Report on vaccination in the Province of Bengal - 1874-1889
Year: 1874
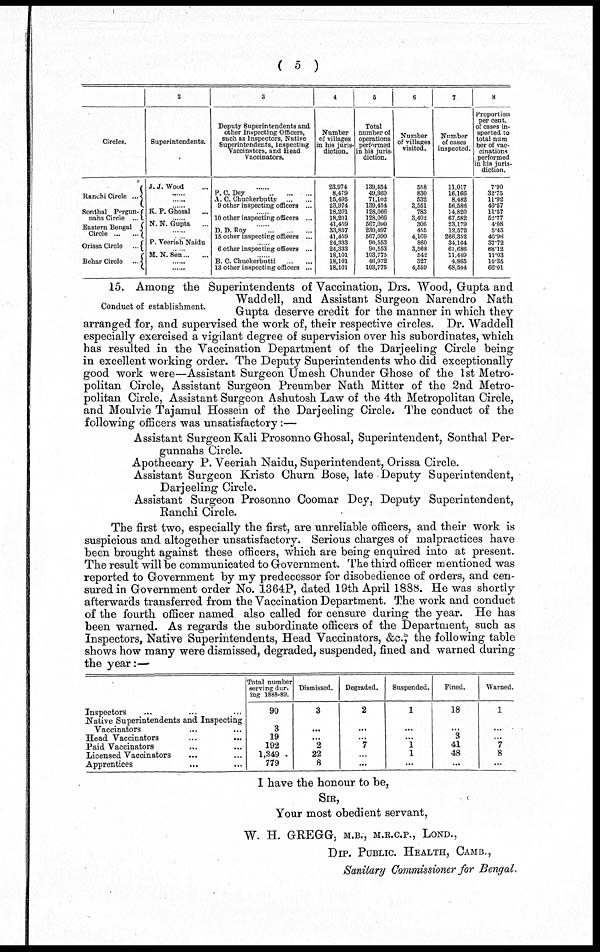
( 5 )
Circles.
Ranchi Circle
...
Sonthal Pergun-
nahs Circle
...
Eastern Bengal
Circle
...
...
Orissa Circle
...
Behar Circle
...
2
Superintendents.
J. J. Wood ...
......
......
......
K. P. Ghosal ...
......
N. N. Gupta ...
......
......
P. Veeriah Naidu
......
M. N. Sen ... ...
......
......
3
Deputy Superintendents and
other Inspecting Officers,
such as Inspectors, Native
Superintendents, Inspecting
Vaccinators, and Head
Vaccinators.
......
P. C. Dey ... ... ...
A. C. Chuckerbutty
...
...
9 other inspecting officers ...
......
10 other inspecting officers ...
......
D. D. Roy
...
...
...
15 other inspecting officers ...
......
6 other inspecting officers ...
......
B. C. Chuckerbutti
...
...
13 other inspecting officers ...
4
Number
of villages
in his juris-
diction.
23,974
8,479
15,495
23,974
18,201
18,201
41,459
33,857
41,459
24,333
24,333
18,101
18,101
18,101
5
Total
number of
operations
performed
in his juris-
diction.
139,454
49,360
71,102
139,454
128,066
128,066
567,090
230,497
567,090
90,553
90,553
103,775
46,972
103,775
6
Number
of villages
visited.
558
830
532
3,551
783
3,402
306
455
4,169
860
3,568
542
327
4,559
7
Number
of cases
inspected.
11,017
16,166
8,482
56,586
14,820
67,582
23,179
12,572
266,352
34,164
61,686
11,449
4,865
68,504
8
Proportion
per cent.
of cases in-
spected to
total nam
ber of vac-
cinations
performed
in his juris-
diction.
7.90
32.75
11.92
40.57
11.57
52.77
4.08
5.45
46.96
37.72
68.12
11.03
10.35
66.01
Conduct of establishment.
15. Among the Superintendents of Vaccination, Drs. Wood, Gupta and
Waddell, and Assistant Surgeon Narendro Nath
Gupta deserve credit for the manner in which they
arranged for, and supervised the work of, their respective circles. Dr. Waddell
especially exercised a vigilant degree of supervision over his subordinates, which
has resulted in the Vaccination Department of the Darjeeling Circle being
in excellent working order. The Deputy Superintendents who did exceptionally
good work were—Assistant Surgeon Umesh Chunder Ghose of the 1st Metro-
politan Circle, Assistant Surgeon Preumber Nath Mitter of the 2nd Metro-
politan Circle, Assistant Surgeon Ashutosh Law of the 4th Metropolitan Circle,
and Moulvie Tajamul Hossein of the Darjeeling Circle. The conduct of the
following officers was unsatisfactory:—
Assistant Surgeon Kali Prosonno Ghosal, Superintendent, Sonthal Per-
gunnahs Circle.
Apothecary P. Veeriah Naidu, Superintendent, Orissa Circle.
Assistant Surgeon Kristo Churn Bose, late Deputy Superintendent,
Darjeeling Circle.
Assistant Surgeon Prosonno Coomar Dey, Deputy Superintendent,
Ranchi Circle.
The first two, especially the first, are unreliable officers, and their work is
suspicious and altogether unsatisfactory. Serious charges of malpractices have
been brought against these officers, which are being enquired into at present.
The result will be communicated to Government. The third officer mentioned was
reported to Government by my predecessor for disobedience of orders, and cen-
sured in Government order No. 1364P, dated 19th April 1888. He was shortly
afterwards transferred from the Vaccination Department. The work and conduct
of the fourth officer named also called for censure during the year. He has
been warned. As regards the subordinate officers of the Department, such as
Inspectors, Native Superintendents, Head Vaccinators, &c.,the following table
shows how many were dismissed, degraded, suspended, fined and warned during
the year:—
Inspectors ... ... ...
Native Superintendents and Inspecting
Vaccinators ... ... ...
Head Vaccinators ... ... ...
Paid Vaccinators ... ... ...
Licensed Vaccinators ... ... ...
Apprentices ... ... ...
Total number
serving dur-
ing 1888-89.
90
3
19
192
1,349
779
Dismissed.
3
...
...
2
22
8
Degraded.
2
...
...
7
...
...
Suspended.
1
...
...
1
1
...
Fined.
18
...
3
41
48
...
Warned.
1
...
...
7
8
...
I have the honour to be,
SIR,
Your most obedient servant,
W. H. GREGG, M.B., M.R.C.P., LOND.,
DIP. PUBLIC. HEALTH, CAMB.,
Sanitary Commissioner for Bengal.